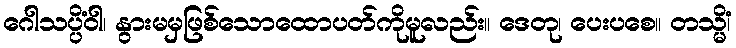
ဂေါသပ္ပိံဝါ၊ နွားမမှဖြစ်သောထောပတ်ကိုမူလည်း။ ဒေတု၊ ပေးပစေ။ တသ္မိံ၊